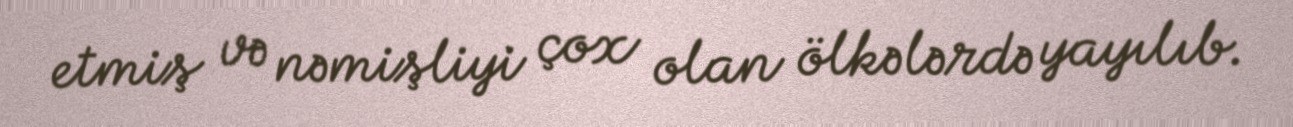
etmiş və nəmişliyi çox olan ölkələrdə yayılıb.